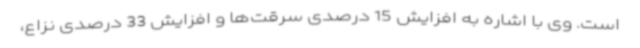
است. وی با اشاره به افزایش 15 درصدی سرقت‌ها و افزایش 33 درصدی نزاع،